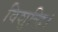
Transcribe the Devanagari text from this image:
विशुद्धि।